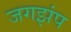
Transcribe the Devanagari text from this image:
जगझंप